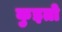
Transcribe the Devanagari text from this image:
कुइतो